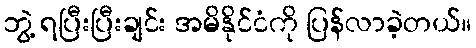
ဘွဲ့ ရပြီးပြီးချင်း အမိနိုင်ငံကို ပြန်လာခဲ့တယ်။